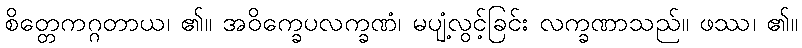
စိတ္တေကဂ္ဂတာယ၊ ၏။ အဝိက္ခေပလက္ခဏံ၊ မပျံ့လွင့်ခြင်း လက္ခဏာသည်။ ဖဿ၊ ၏။